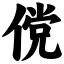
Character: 傥